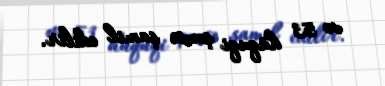
və 53 hüquqi şəxsə şamil edilir.